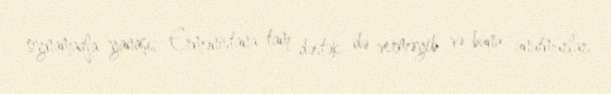
oynamaqla yanaşı, Ermənistana tam dəstək də verməyib və bunu unutmurlar.